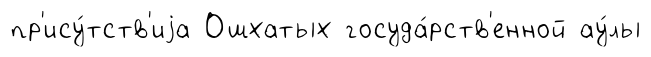
пр'ису́тств'иjа Ошхатых госуда́рств'енной ау́лы